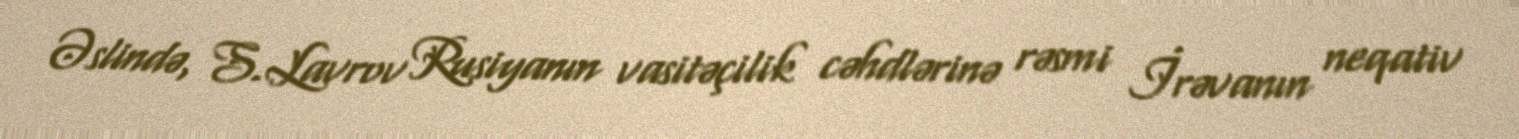
Əslində, S.Lavrov Rusiyanın vasitəçilik cəhdlərinə rəsmi İrəvanın neqativ